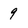
Character: 9